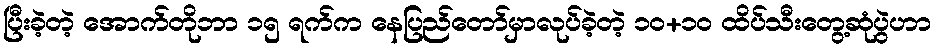
ပြီးခဲ့တဲ့ အောက်တိုဘာ ၁၅ ရက်က နေပြည်တော်မှာလုပ်ခဲ့တဲ့ ၁၀+၁၀ ထိပ်သီးတွေ့ဆုံပွဲဟာ